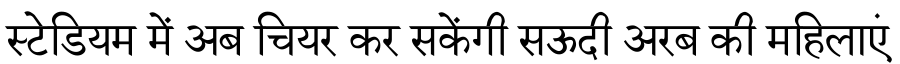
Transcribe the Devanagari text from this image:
स्टेडियम में अब चियर कर सकेंगी सऊदी अरब की महिलाएं